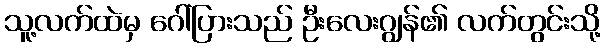
သူ့လက်ထဲမှ ဂေါ်ပြားသည် ဦးလေးဂျွန်၏ လက်တွင်းသို့